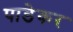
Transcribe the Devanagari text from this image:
पाडेकर